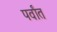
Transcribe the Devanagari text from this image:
पर्वांत